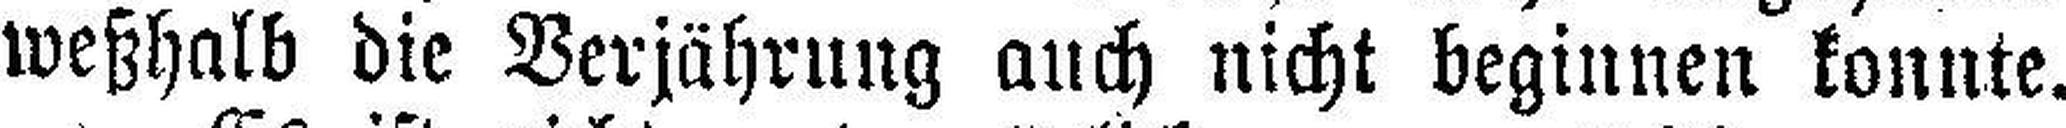
weßhalb die Verjährung auch nicht beginnen konnte.